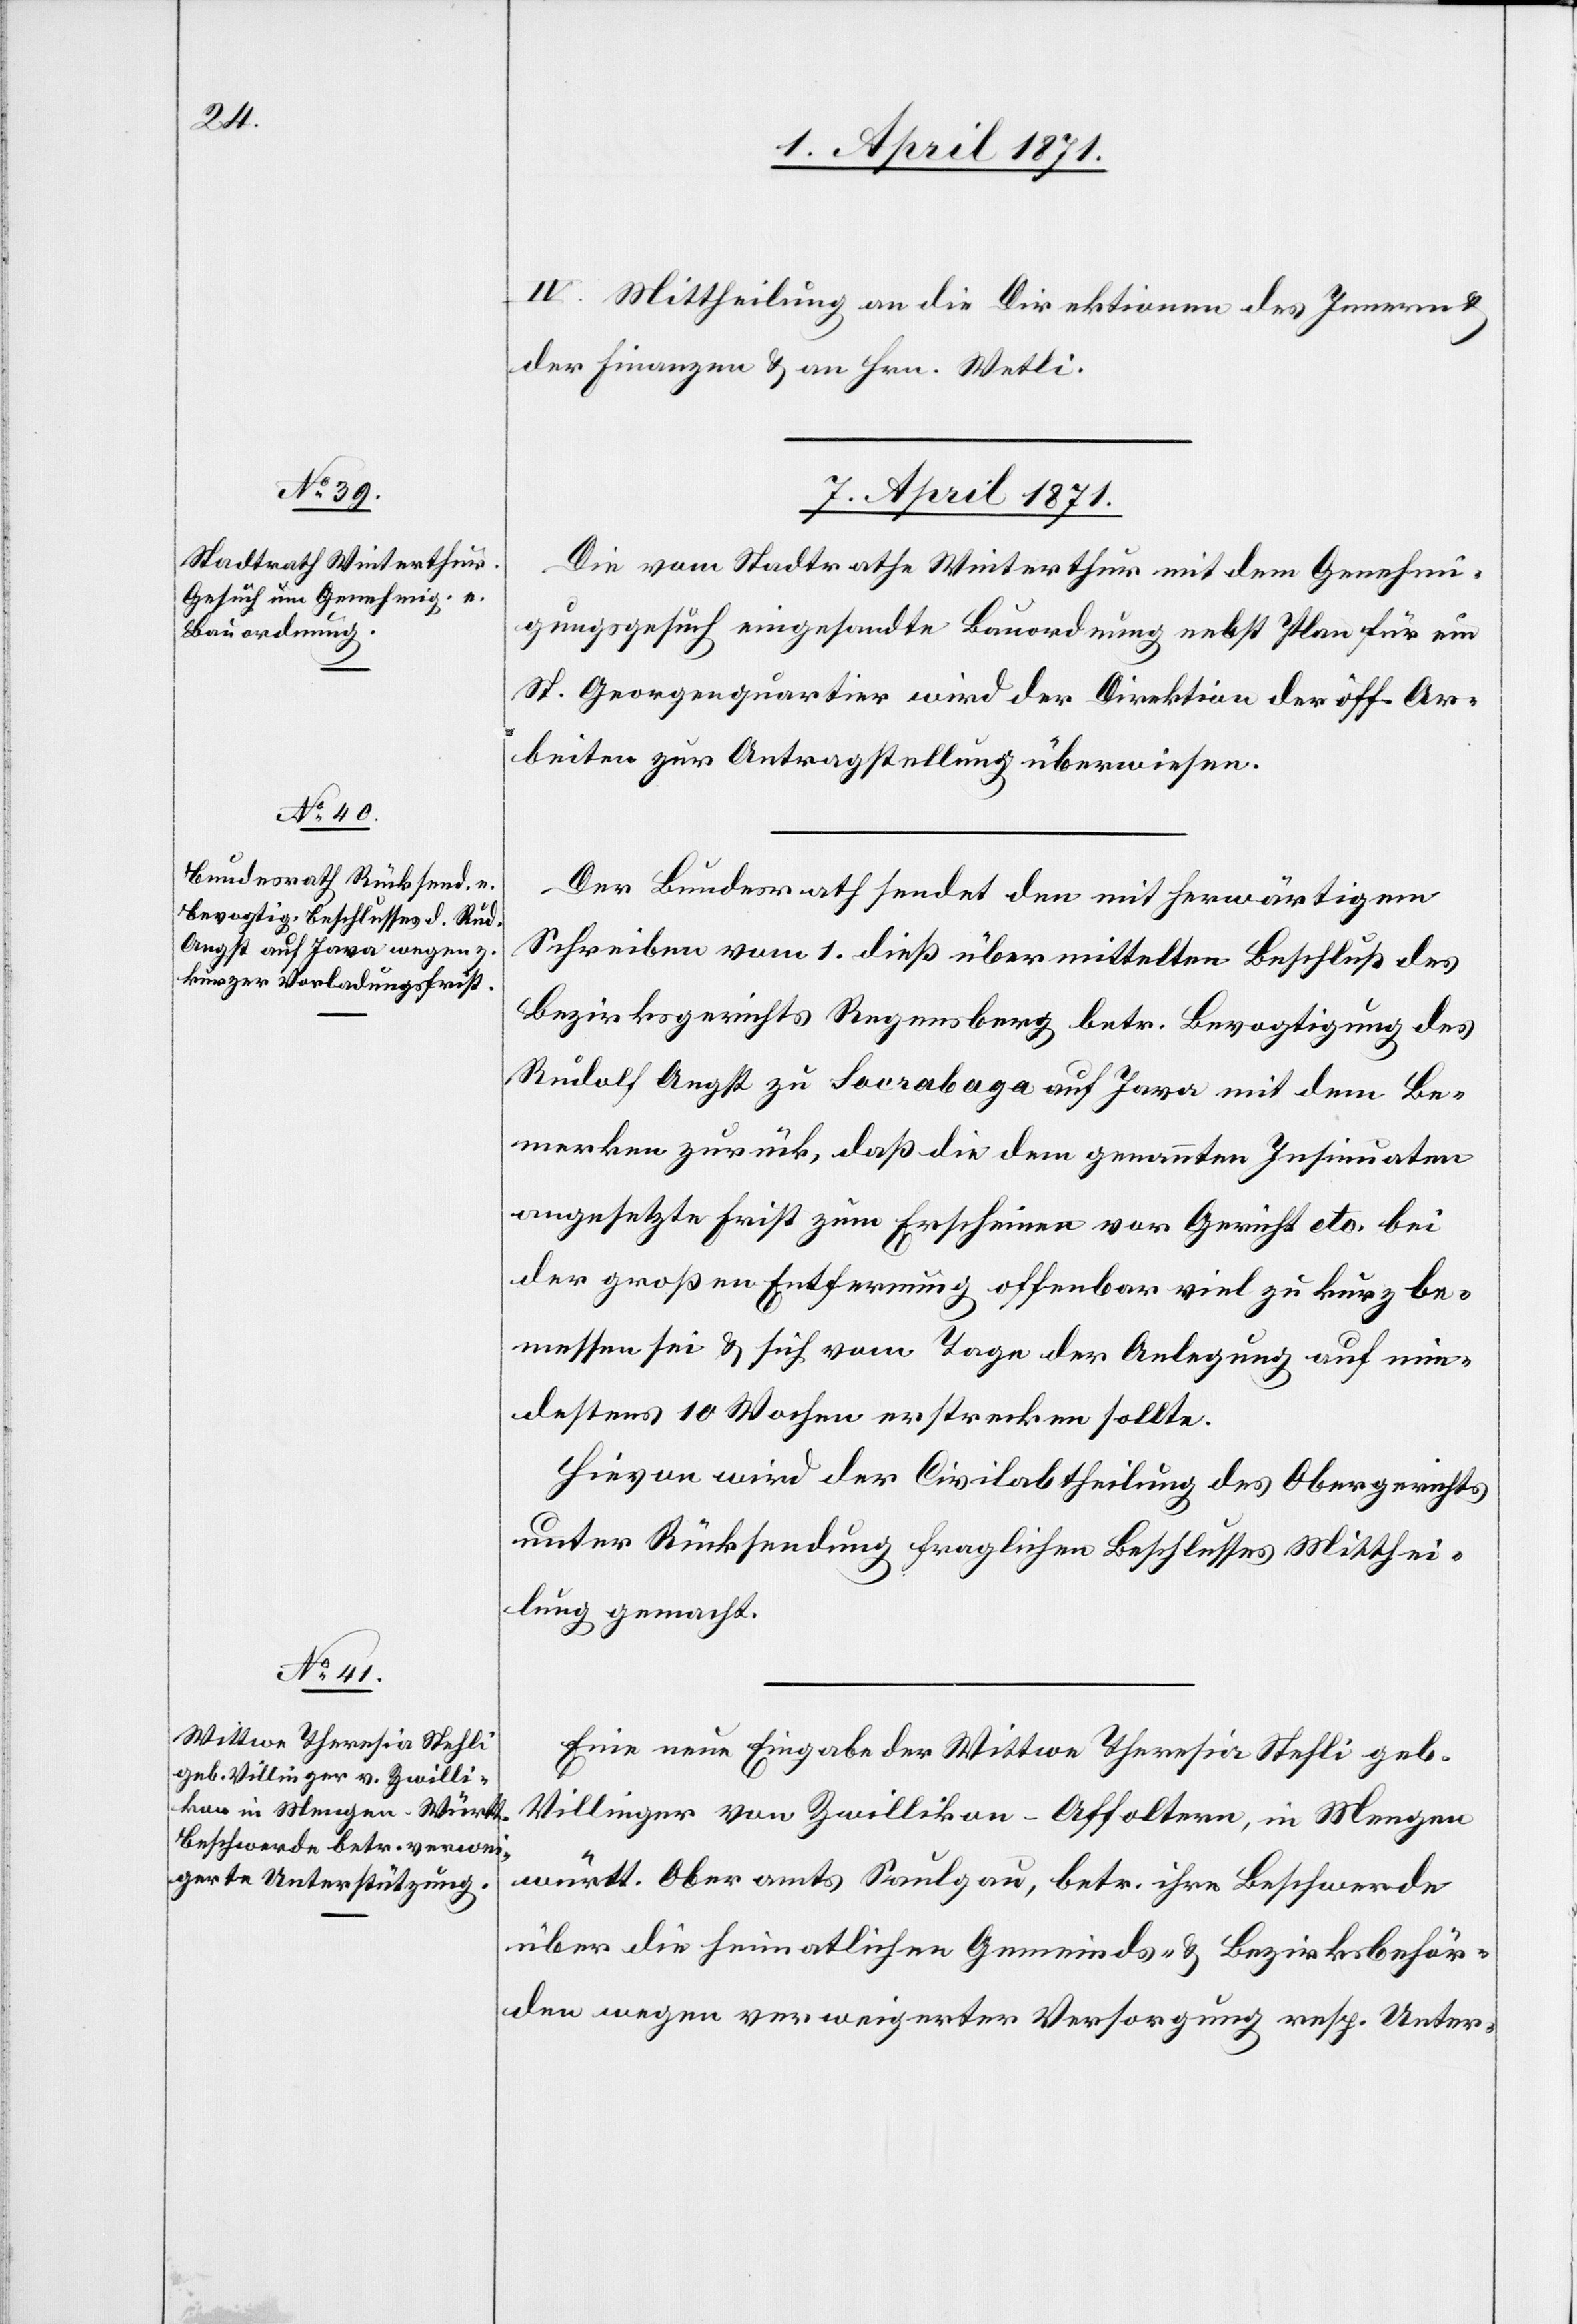
IV. Mittheilung an die Direktion des Innern u.
der Finanzen u. an Hrn. Wetli.
7. April 1871.]
Die vom Stadtrath Winterthur mit dem Genehmi¬
gungsgesuch eingesandte Bauordnung nebst Plan für ein
St. Georgenquartier wird der Direktion der öff. Ar¬
beiten zur Antragstellung überwiesen.
Der Bundesrath sendet den mit herwärtigem
Schreiben vom 1. dieß übermittelten Beschluß des
Bezirksgerichts Regensberg betr. Bevogtigung des
Rudolf Angst zu Socrabaga auf Java mit dem Be¬
merken zurück, daß die dem genannten Insinuaten
angesetzte Frist zum Erscheinen vor Gericht etc. bei
der großen Entfernung offenbar viel zu kurz be¬
messen sei u. sich vom Tage der Anlegung auf min¬
destens 10 Wochen erstrecken sollte.
Hievon wird der Civilabtheilung des Obergerichts
unter Rücksendung fraglichen Beschlusses Mitthei¬
lung gemacht.
Eine neue Eingabe der Wittwe Theresia Stehli geb.
Villinger von Zwillikon-Affoltern, in Mengen
württ. Oberamts Sulgau, betr. ihre Beschwerde
über die heimatlichen Gemeinds- u. Bezirksbehör¬
den wegen verweigerter Versorgung resp. Unter-